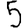
Digit: 5